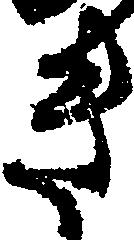
き